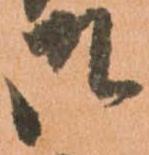
御